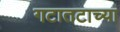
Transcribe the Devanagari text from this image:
गटातटाच्या